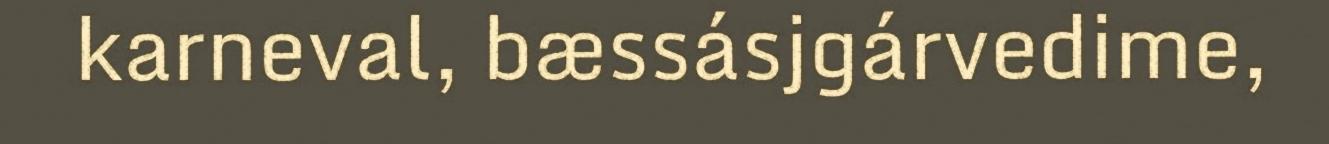
karneval, bæssásjgárvedime,